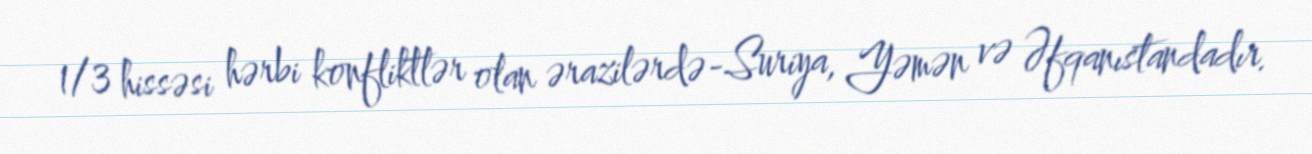
1/3 hissəsi hərbi konfliktlər olan ərazilərdə-Suriya, Yəmən və Əfqanıstandadır.